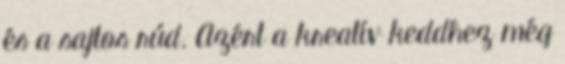
és a sajtos rúd. Azért a kreatív keddhez még